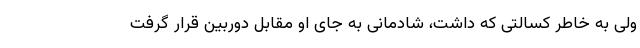
ولی به خاطر کسالتی که داشت، شادمانی به جای او مقابل دوربین قرار گرفت